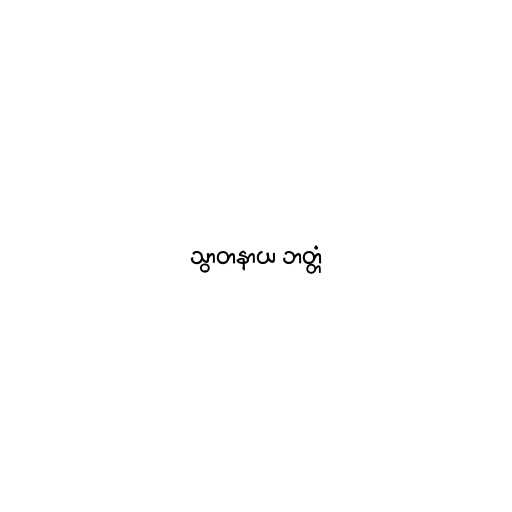
သွာတနာယ ဘတ္တံ